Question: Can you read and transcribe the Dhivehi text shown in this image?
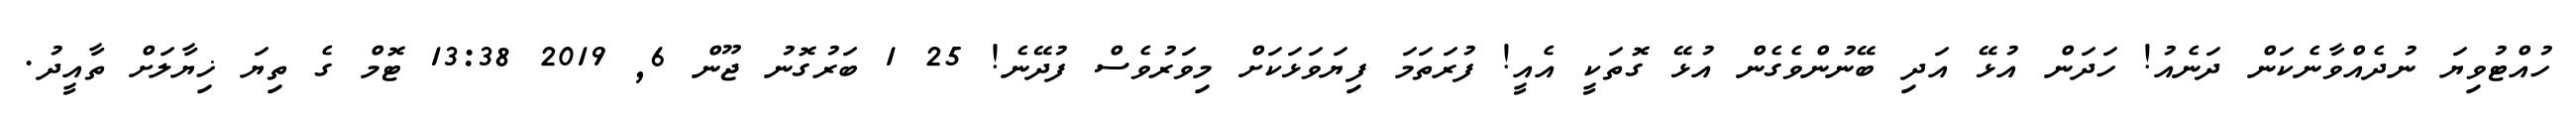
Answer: ހުއްޓުވިޔަ ނުދެއްވާނެކަން ދަނެއު! ހަދަން އުޅޭ އަދި ބޭނުންވެގެން އުޅޭ ގޮތަކީ އެއީ! ފުރަތަމަ ފިޔަވަޅަކަށް މިވަރުވެސް ފުދޭނެ! 25 1 ބަރުގޮނު ޖޫން 6, 2019 13:38 ޓޮމް ގެ ތިޔަ ޚިޔާލަށް ތާއީދު.